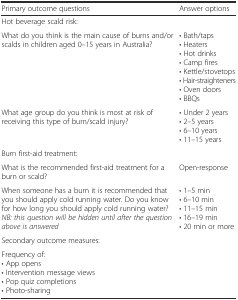
| Primary outcome questions | Answer options |
 | --- | --- |
 | <COLSPAN=2> Hot beverage scald risk: |
 | What do you think is the main cause of burns and/or scalds in children aged 0–15 years in Australia? | • Bath/taps• Heaters• Hot drinks• Camp fires• Kettle/stovetops• Hair-straighteners• Oven doors• BBQs |
 | What age group do you think is most at risk of receiving this type of burn/scald injury? | • Under 2 years• 2–5 years• 6–10 years• 11–15 years |
 | <COLSPAN=2> Burn first-aid treatment: |
 | What is the recommended first-aid treatment for a burn or scald? | Open-response |
 | When someone has a burn it is recommended that you should apply cold running water. Do you know for how long you should apply cold running water?NB: this question will be hidden until after the question above is answered | • 1–5 min• 6–10 min• 11–15 min• 16–19 min• 20 min or more |
 | <COLSPAN=2> Secondary outcome measures: |
 | <COLSPAN=2> Frequency of:• App opens• Intervention message views• Pop quiz completions• Photo-sharing |